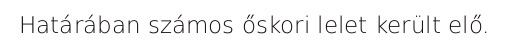
Határában számos őskori lelet került elő.